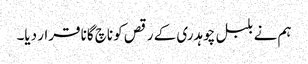
ہم نے بلبل چوہدری کے رقص کو ناچ گانا قرار دیا۔